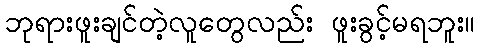
ဘုရားဖူးချင်တဲ့လူတွေလည်း ဖူးခွင့်မရဘူး။